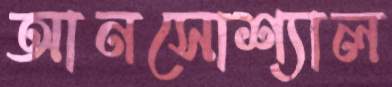
আনসোশ্যাল